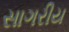
સાગરીય